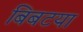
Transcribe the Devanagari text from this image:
बिबटया